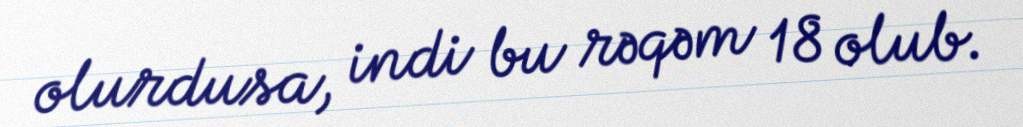
olurdusa, indi bu rəqəm 18 olub.